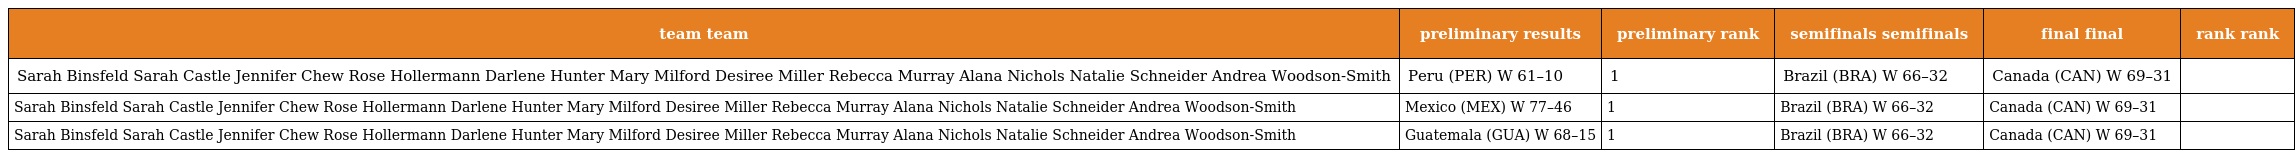
| team team | preliminary results | preliminary rank | semifinals semifinals | final final | rank rank |
 | --- | --- | --- | --- | --- | --- |
 | Sarah Binsfeld Sarah Castle Jennifer Chew Rose Hollermann Darlene Hunter Mary Milford Desiree Miller Rebecca Murray Alana Nichols Natalie Schneider Andrea Woodson-Smith | Peru (PER) W 61–10 | 1 | Brazil (BRA) W 66–32 | Canada (CAN) W 69–31 |  |
 | Sarah Binsfeld Sarah Castle Jennifer Chew Rose Hollermann Darlene Hunter Mary Milford Desiree Miller Rebecca Murray Alana Nichols Natalie Schneider Andrea Woodson-Smith | Mexico (MEX) W 77–46 | 1 | Brazil (BRA) W 66–32 | Canada (CAN) W 69–31 |  |
 | Sarah Binsfeld Sarah Castle Jennifer Chew Rose Hollermann Darlene Hunter Mary Milford Desiree Miller Rebecca Murray Alana Nichols Natalie Schneider Andrea Woodson-Smith | Guatemala (GUA) W 68–15 | 1 | Brazil (BRA) W 66–32 | Canada (CAN) W 69–31 |  |